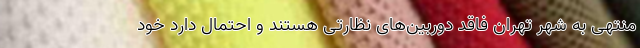
منتهی به شهر تهران فاقد دوربین‌های نظارتی هستند و احتمال دارد خود